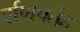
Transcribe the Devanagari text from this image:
र्वाणपतेह